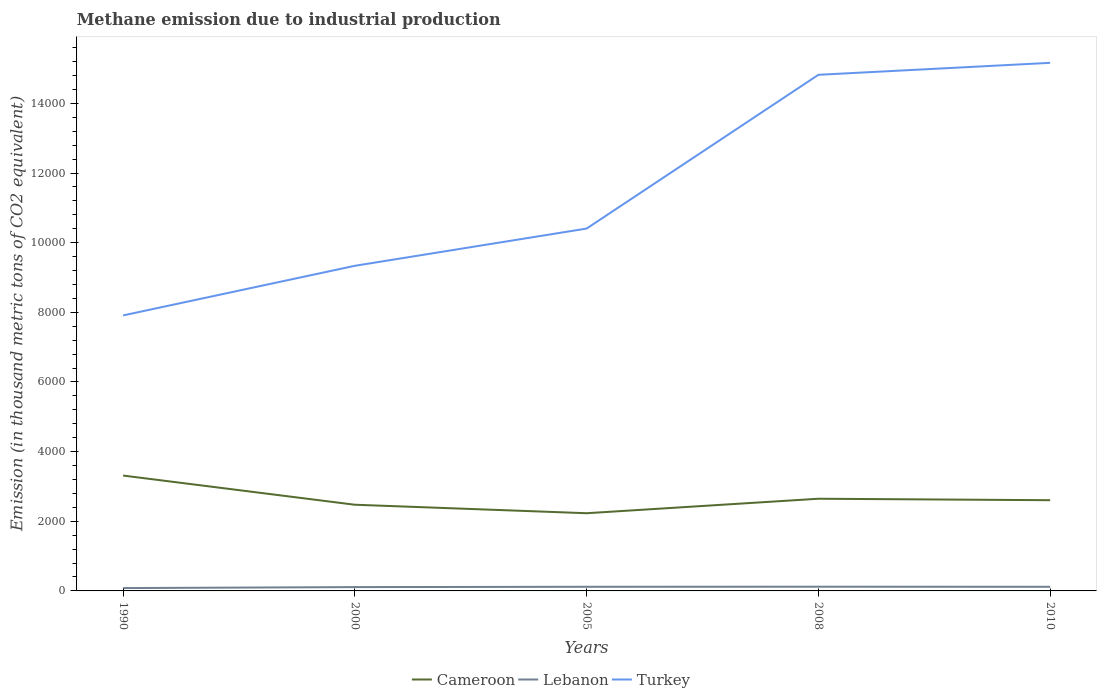
| Years | Cameroon | Lebanon | Turkey |
 | --- | --- | --- | --- |
 | 1990 | 3.31e+03 | 81.7 | 7.91e+03 |
 | 2000 | 2.48e+03 | 110 | 9.34e+03 |
 | 2005 | 2.23e+03 | 119 | 1.04e+04 |
 | 2008 | 2.65e+03 | 121 | 1.48e+04 |
 | 2010 | 2.61e+03 | 118 | 1.52e+04 |